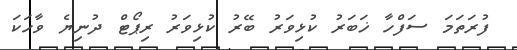
ފުރަތަމަ ސަފްހާ ޚަބަރު ކުޅިވަރު ބޭރު ކުޅިވަރު ރިޕޯޓް ދުނިޔެ ވާހަކަ